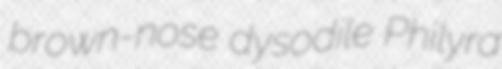
brown-nose dysodile Philyra